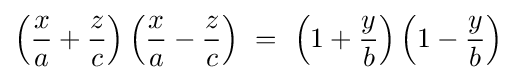
\left({\frac {x}{a}}+{\frac {z}{c}}\right)\left({\frac {x}{a}}-{\frac {z}{c}}\right)\ =\ \left(1+{\frac {y}{b}}\right)\left(1-{\frac {y}{b}}\right)